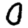
Digit: 0